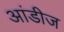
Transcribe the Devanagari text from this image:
आंडीज